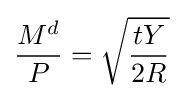
{\frac {M^{d}}{P}}={\sqrt {\frac {tY}{2R}}}